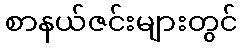
စာနယ်ဇင်းများတွင်